Vaccination in the Punjab 1919-1929 - 1919-1929
Year: 1919
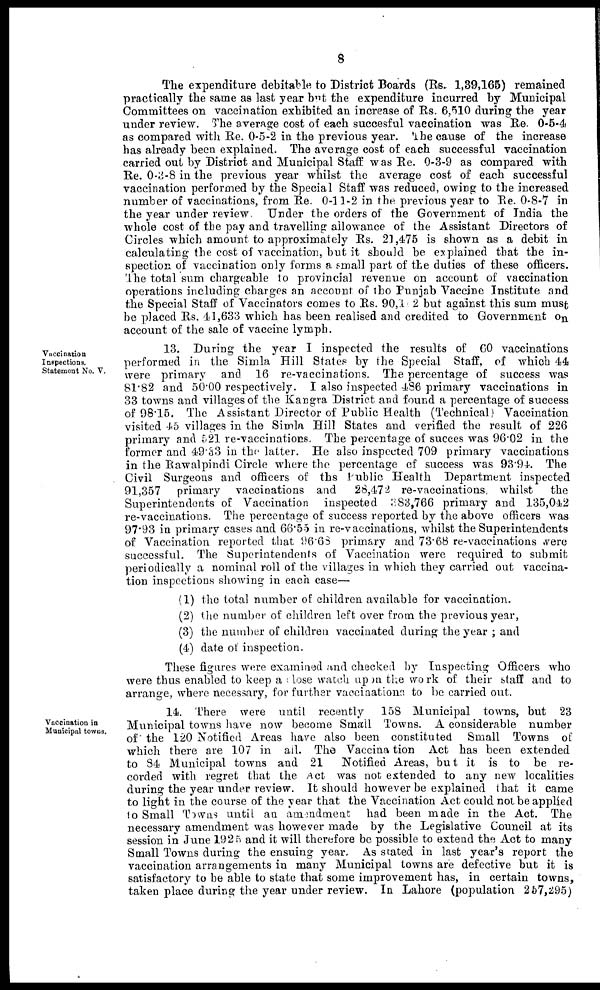
8
The expenditure debitable to District Boards (Rs. 1,39,165) remained
practically the same as last year but the expenditure incurred by Municipal
Committees on vaccination exhibited an increase of Rs. 6,510 during the year
under review. The average cost of each succesful vaccination was Re. 0-5-4
as compared with Re. 0-5-2 in the previous year. The cause of the increase
has already been explained. The average cost of each successful vaccination
carried out by District and Municipal Staff was Re. 0-3-9 as compared with
Re. 0-3-8 in the previous year whilst the average cost of each successful
vaccination performed by the Special Staff was reduced, owing to the increased
number of vaccinations, from Re. 0-11-2 in the previous year to Re. 0-8-7 in
the year under review
Under the orders of the Government of India the
whole cost of the pay and travelling allowance of the Assistant Directors of
Circles which amount to approximately Rs. 21,475 is shown as a debit in
calculating the cost of vaccination, but it should be explained that the in-
spection of vaccination only forms a small part of the duties of these officers.
The total sum chargeable to provincial revenue on account of vaccination
operations including charges an account of the Punjab Vaccine Institute and
the Special Staff of Vaccinators comes to Rs. 90,142 but against this sum must
be placed Rs. 41,633 which has been realised and credited to Government on
account of the sale of vaccine lymph.
Vaccination
Inspections.
Statement No. V.
13. During the year I inspected the results of 60 vaccinations
performed in the Simla Hill States by the Special Staff, of which 44
were primary and 16 re-vaccinations. The percentage of success was
81.82 and 50.00 respectively. I also inspected 486 primary vaccinations in
33 towns and villages of the Kangra District and found a percentage of success
of 98.15. The Assistant Director of Public Health (Technical) Vaccination
visited 45 villages in the Simla Hill States and verified the result of 226
primary and 521 re-vaccinations. The percentage of succes was 96.02 in the
former and 49.33 in the latter. He also inspected 709 primary vaccinations
in the Rawalpindi Circle where the percentage of success was 93.94. The
Civil Surgeons and officers of the Public Health Department inspected
91,357 primary vaccinations and
28,472 re-vaccinations whilst
the
Superintendents of Vaccination inspected 383,766 primary and 135,042
re-vaccinations. The percentage of success reported by the above officers was
97.93 in primary cases and 66.55 in re-vaccinations, whilst the Superintendents
of Vaccination reported that 96.68 primary and 73.68 re-vaccinations were
successful. The Superintendents of Vaccination were required to submit
periodically a nominal roll of the villages in which they carried out vaccina-
tion inspections showing in each case—
(1) the total number of children available for vaccination.
(2) the number of children left over from the previous year,
(3) the number of children vaccinated during the year ; and
(4) date of inspection.
These figures were examined and checked by Inspecting Officers who
were thus enabled to keep a close watch upon the work of their staff and to
arrange, where necessary, for further vaccinations to be carried out.
Vaccination in
Municipal towns.
14. There were until recently 158 Municipal towns, but 23
Municipal towns have now become Small Towns. A considerable number
of the 120 Notified Areas have also been constituted Small Towns of
which there are 107 in ail. The Vaccination Act has been extended
to 84 Municipal towns and 21 Notified Areas, but it is to be re-
corded with regret that the Act was not extended to any new localities
during the year under review. It should however be explained that it came
to light in the course of the year that the Vaccination Act could not be applied
to Small Towns until an amendment had been made in the Act. The
necessary amendment was however made by the Legislative Council at its
session in June 1925 and it will therefore be possible to extend the Act to many
Small Towns during the ensuing year. As stated in last year's report the
vaccination arrangements in many Municipal towns are defective but it is
satisfactory to be able to state that some improvement has, in certain towns,
taken place during the year under review. In Lahore (population 257,295)